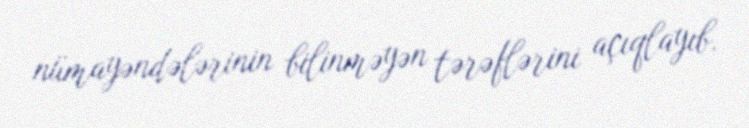
nümayəndələrinin bilinməyən tərəflərini açıqlayıb.